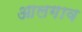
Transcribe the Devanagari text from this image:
आलगाव